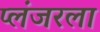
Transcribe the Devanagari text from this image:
प्लंजरला